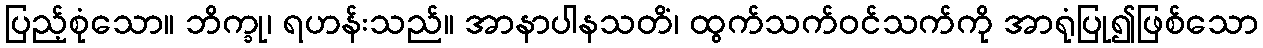
ပြည့်စုံသော။ ဘိက္ခု၊ ရဟန်းသည်။ အာနာပါနသတိံ၊ ထွက်သက်ဝင်သက်ကို အာရုံပြု၍ဖြစ်သော